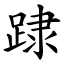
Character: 䠈